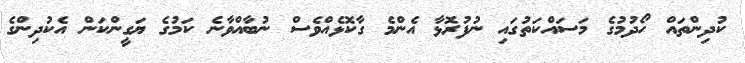
ކުދިންތައް ހޯދުމުގެ މަސައްކަތުގައި ނުފުރޮޅާ އެންމެ ގާކޮޅެއްވެސް ނުބާއްވާނެ ކަމުގެ ޔަގީންކަން އެކުދިންގެ